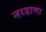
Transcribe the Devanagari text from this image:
नरडाणा